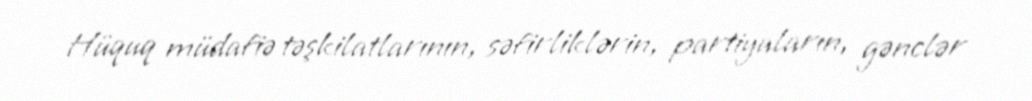
Hüquq müdafiə təşkilatlarının, səfirliklərin, partiyaların, gənclər